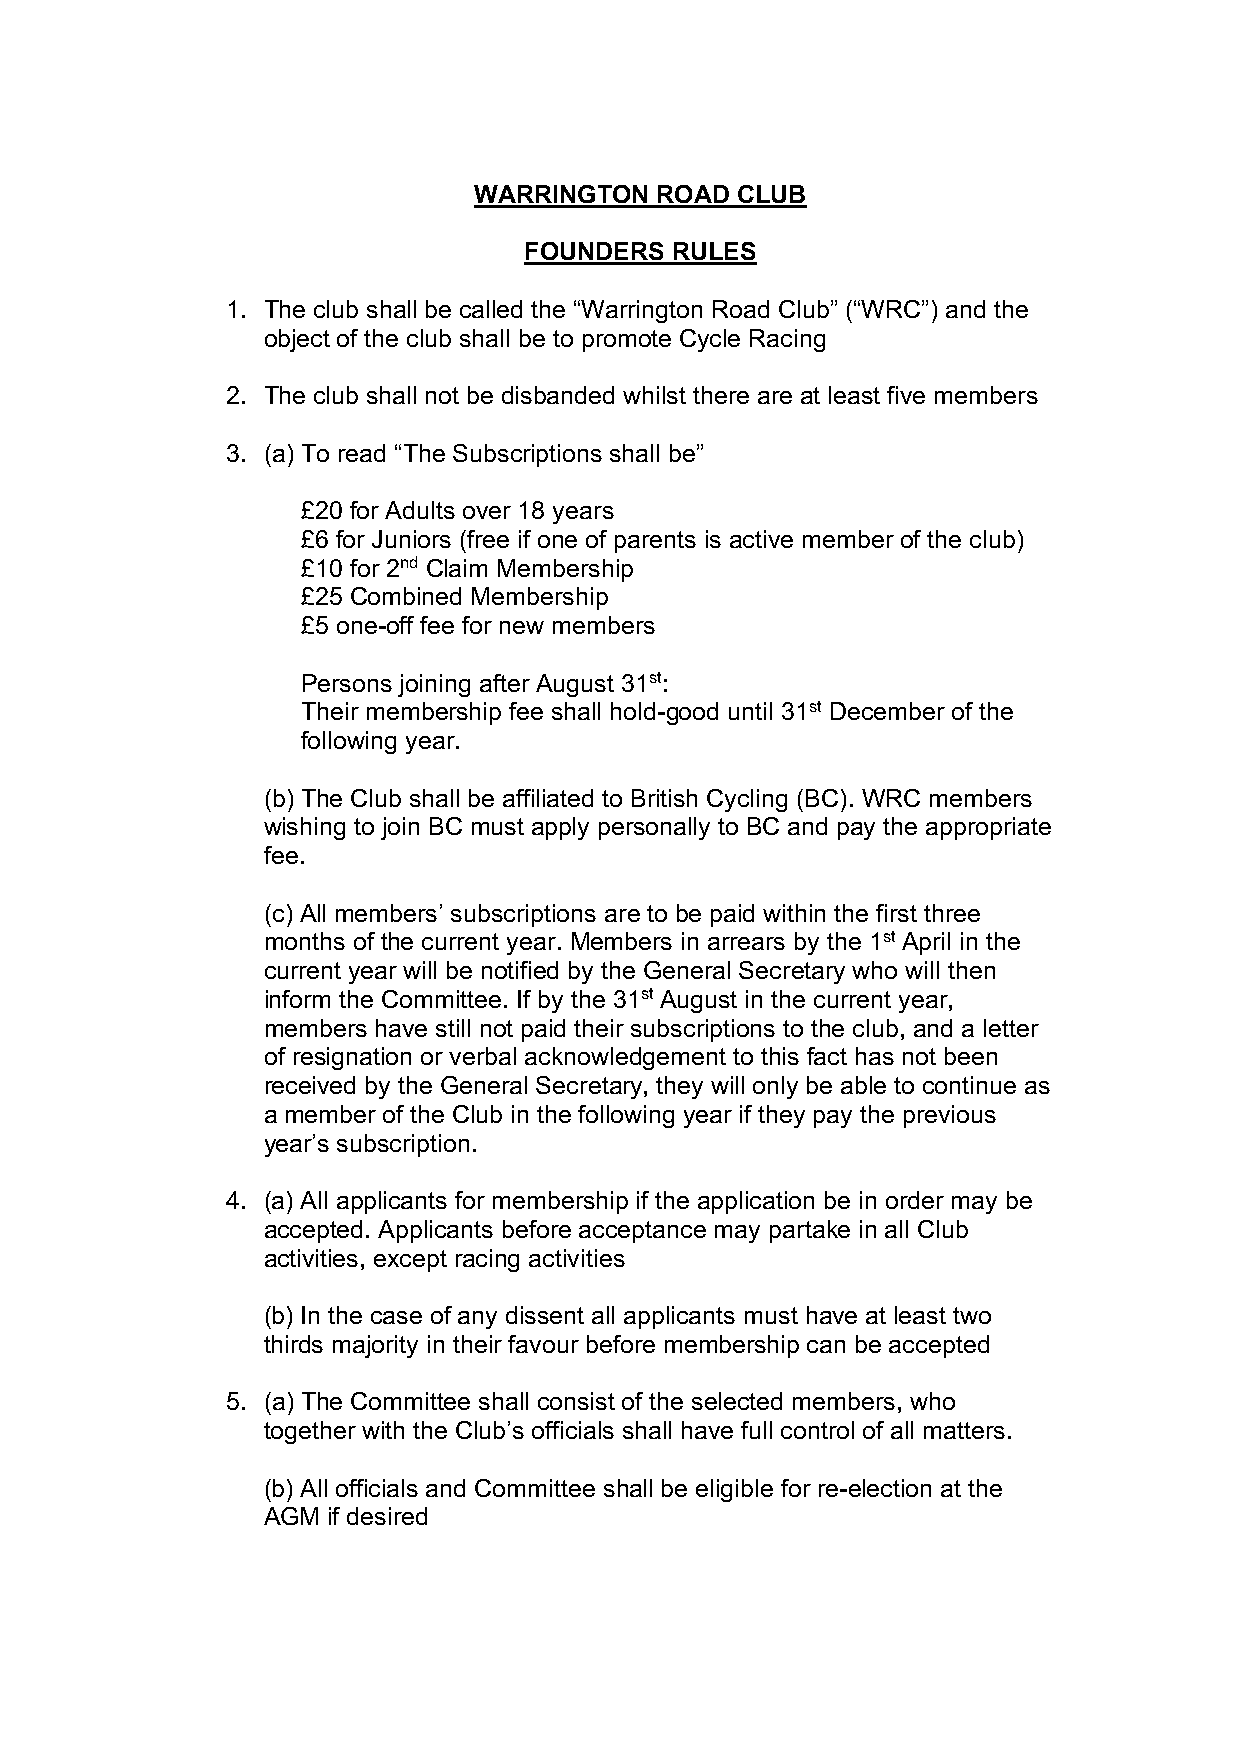
WARRINGTON  ROAD  CLUB
 FOUNDERS RULES
 1. The club shall be called the “Warrington Road Club” (“WRC”) and the
 object of the club shall be to promote Cycle Racing
 2. The club shall not be disbanded whilst there are at least five members
 3. (a) To read “The Subscriptions shall be”
 £20 for Adults over 18 years
 £6 for Juniors (free if one of parents is active member of the club)
 £10 for 2nd Claim Membership
 £25 Combined Membership
 £5 one-off fee for new members
 Persons joining after August 31st:
 Their membership fee shall hold-good until 31st December of the
 following year.
 (b) The Club shall be affiliated to British Cycling (BC). WRC members
 wishing to join BC must apply personally to BC and pay the appropriate
 fee.
 (c) All members’ subscriptions are to be paid within the first three
 months of the current year. Members in arrears by the 1st April in the
 current year will be notified by the General Secretary who will then
 inform the Committee. If by the 31st August in the current year,
 members have still not paid their subscriptions to the club, and a letter
 of resignation or verbal acknowledgement to this fact has not been
 received by the General Secretary, they will only be able to continue as
 a member of the Club in the following year if they pay the previous
 year’s subscription.
 4. (a) All applicants for membership if the application be in order may be
 accepted. Applicants before acceptance may partake in all Club
 activities, except racing activities
 (b) In the case of any dissent all applicants must have at least two
 thirds majority in their favour before membership can be accepted
 5. (a) The Committee shall consist of the selected members, who
 together with the Club’s officials shall have full control of all matters.
 (b) All officials and Committee shall be eligible for re-election at the
 AGM  if desired